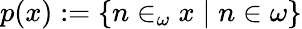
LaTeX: p(x):=\{ n\in_{\omega}x\mid n\in\omega\}